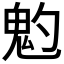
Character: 𩲃